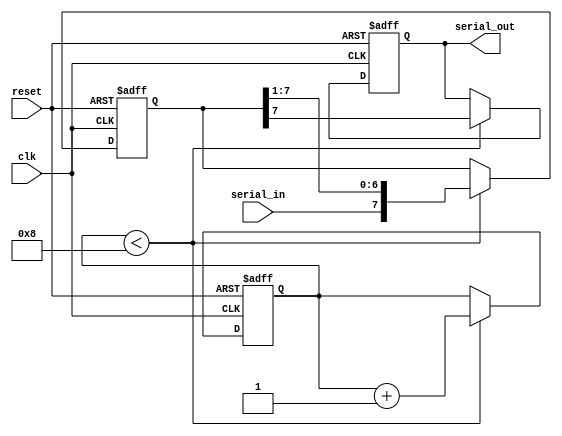
module siso_shift_register(
    input clk,
    input reset,
    input serial_in,
    output reg serial_out
);

reg [7:0] shift_register;
reg [2:0] counter;

always @(posedge clk or posedge reset) begin
    if (reset) begin
        shift_register <= 8'b0;
        counter <= 3'd0;
        serial_out <= 1'b0;
    end else begin
        if (counter < 8) begin
            shift_register <= {serial_in, shift_register[7:1]};
            counter <= counter + 1;
            serial_out <= shift_register[7];
        end
    end
end

endmodule